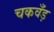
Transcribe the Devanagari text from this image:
चकवँड़